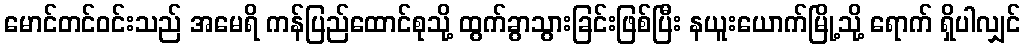
မောင်တင်ဝင်းသည် အမေရိ ကန်ပြည်ထောင်စုသို့ ထွက်ခွာသွားခြင်းဖြစ်ပြီး နယူးယောက်မြို့သို့ ရောက် ရှိပါလျှင်